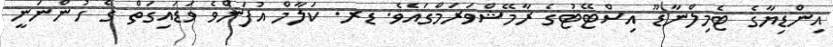
އިންޑިޔާގެ ޓެމިލްނާޑޫ އިސްޓޭޓުގެ ރާމޭޝްވަރަމްގައެވެ. ޑރ. ކަލާމް އުފަންވެ ވަޑައިގަތް ގެ ހުންނަނީ